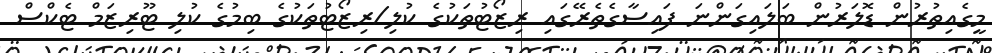
މީގެއިތުރުން ޑޮލަރުން ބަލައިގަންނަ ފައިސާގެތެރޭގައި ރިޒޯޓުތަކުގެ ކުލި/ރިޒޯޓުތަކުގެ ބިމުގެ ކުލި ޓޫރިޒަމް ޓެކްސް